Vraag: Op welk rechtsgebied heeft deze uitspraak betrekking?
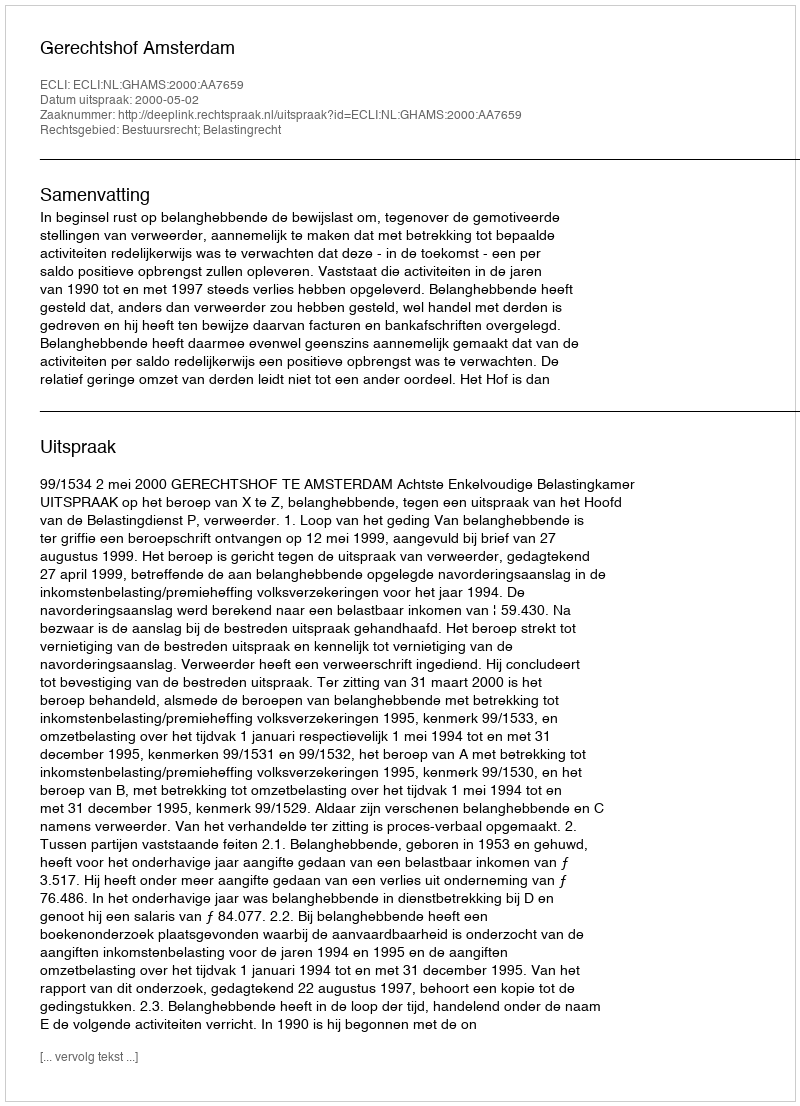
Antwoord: Bestuursrecht; Belastingrecht